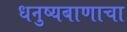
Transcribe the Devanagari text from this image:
धनुष्यबाणाचा